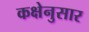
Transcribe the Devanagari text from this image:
कक्षेनुसार